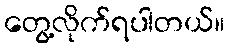
တွေ့လိုက်ရပါတယ်။